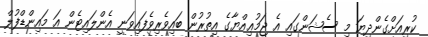
ކުރިއަށްގެންދިޔަ މި ސެޝަންގައި އެ ޖަމުޢިއްޔާގެ އިތުރުން ބައިވެރިވެފައިވަނީ އެންލައިޓެން އަ މައިންޑްފުލް